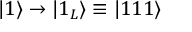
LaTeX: \vert 1 \rangle \rightarrow \vert 1 _ { L } \rangle \equiv \vert 1 1 1 \rangle